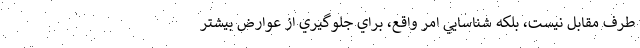
طرف مقابل نيست، بلكه شناسايي امر واقع، براي جلوگيري از عوارض بيشتر